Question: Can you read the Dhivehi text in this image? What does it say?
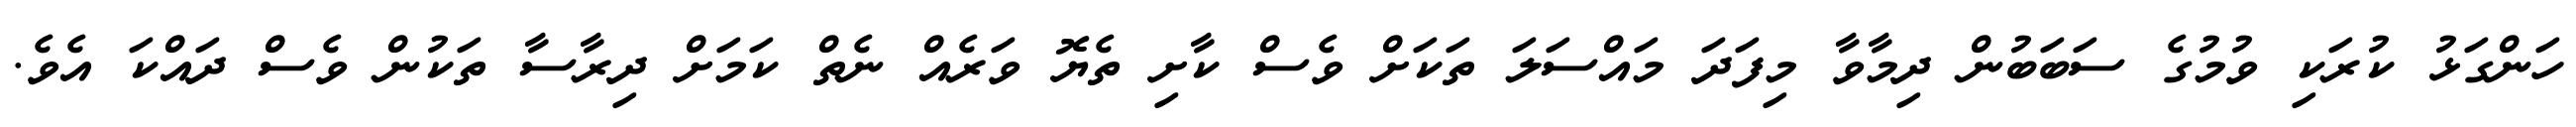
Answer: ހަންގަޅު ކުރަކި ވުމުގެ ސަބަބުން ދިމާވާ މިފަދަ މައްސަލަ ތަކަށް ވެސް ކާށި ތެޔޮ ވަރެއް ނެތް ކަމަށް ދިރާސާ ތަކުން ވެސް ދައްކަ އެވެ.